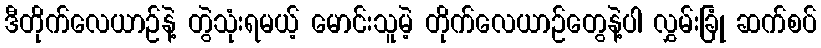
ဒီတိုက်လေယာဉ်နဲ့ တွဲသုံးရမယ့် မောင်းသူမဲ့ တိုက်လေယာဉ်တွေနဲ့ပါ လွှမ်းခြုံ ဆက်စပ်